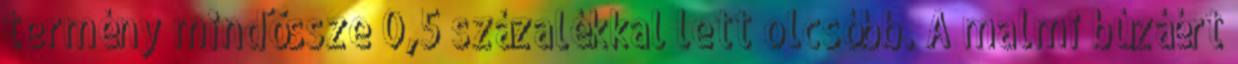
termény mindössze 0,5 százalékkal lett olcsóbb. A malmi búzáért